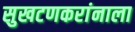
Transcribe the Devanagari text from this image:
सुखटणकरांनाला